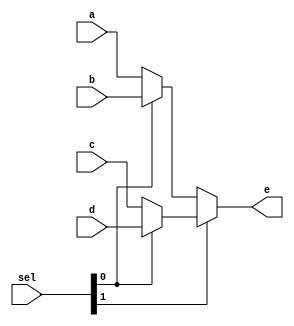
// concurrent_modeling(assign)
// con_syn.v

module con_syn(a,  b, c, d, sel, e);
output [1:0] e;
input [1:0] a, b, c, d, sel;

assign e = sel[1] ? (sel[0]?d:c) : (sel[0]?b:a);
// sel[1] -> sel[0]?d:c
// else -> sel[0]?b:a
endmodule